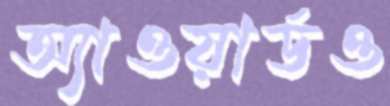
অ্যাওয়ার্ডও